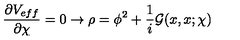
\frac { \partial V _ { e f f } } { \partial \chi } = 0 \rightarrow \rho = \phi ^ { 2 } + \frac { 1 } { i } { \cal G } ( x , x ; \chi )